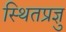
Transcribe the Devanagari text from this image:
स्थितप्रज्ञु